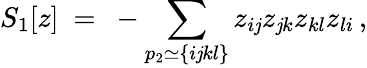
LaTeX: S_{1}[z]~=~-\sum_{p_{2}\simeq\{ i\mathit{j}kl\} }z_{i\mathit{j}}z_{\mathit{j}k}z_{kl}z_{li}\, ,